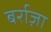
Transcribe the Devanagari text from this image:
बर्राज़ा